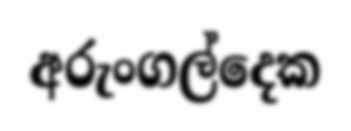
අරුංගල්දෙක